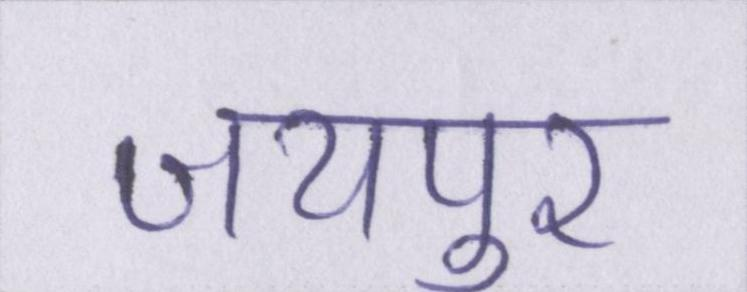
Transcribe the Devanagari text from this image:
जयपुर